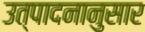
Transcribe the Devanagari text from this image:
उत्पादनानुसार